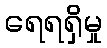
ရေရရှိမှု